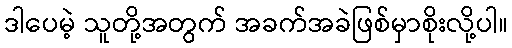
ဒါပေမဲ့ သူတို့အတွက် အခက်အခဲဖြစ်မှာစိုးလို့ပါ။